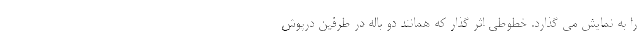
را به نمایش می گذارد. خطوطی اثر گذار که همانند دو باله در طرفین درپوش